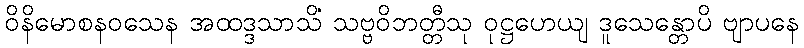
ဝိနိမောစနဝသေန အထဒ္ဒသာသိံ သဗ္ဗဝိဘတ္တီသု ဝုဋ္ဌဟေယျ ဒူသေန္တောပိ ဗျာပနေ